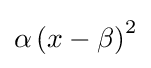
\alpha \left(x-\beta \right)^{2}